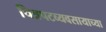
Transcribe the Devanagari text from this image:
चित्रपटव्यवसायाच्या